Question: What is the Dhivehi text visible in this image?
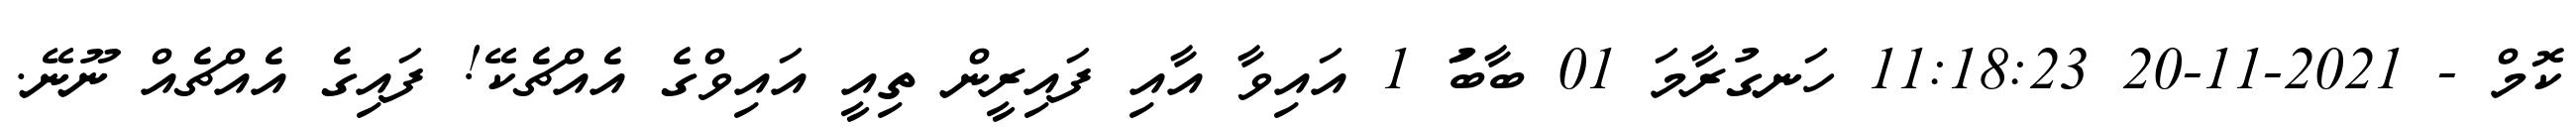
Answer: ކޮމް - 2021-11-20 11:18:23 ހަނގުރާމަ 01 ބާބަު 1 އައިވާ އާއި ފައިރީން ތިއީ އައިވްގެ އެއްޗެކޭ! ފައިގެ އެއްޗެއް ނޫނޭ.